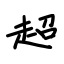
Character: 超